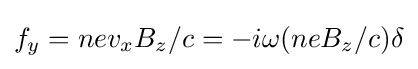
f_{y}=nev_{x}B_{z}/c=-i\omega (neB_{z}/c)\delta